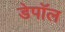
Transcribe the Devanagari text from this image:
डेपॉल